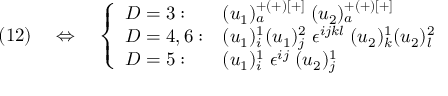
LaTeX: ( 1 2 ) \quad \Leftrightarrow \quad \left\{ \begin{array} { l l } { { D = 3 : } } & { { ( u _ { 1 } ) _ { a } ^ { + ( + ) [ + ] } \; ( u _ { 2 } ) _ { a } ^ { + ( + ) [ + ] } } } \\ { { D = 4 , 6 : } } & { { ( u _ { 1 } ) _ { i } ^ { 1 } ( u _ { 1 } ) _ { j } ^ { 2 } \; \epsilon ^ { i j k l } \; ( u _ { 2 } ) _ { k } ^ { 1 } ( u _ { 2 } ) _ { l } ^ { 2 } } } \\ { { D = 5 : } } & { { ( u _ { 1 } ) _ { i } ^ { 1 } \; \epsilon ^ { i j } \; ( u _ { 2 } ) _ { j } ^ { 1 } } } \end{array} \right.